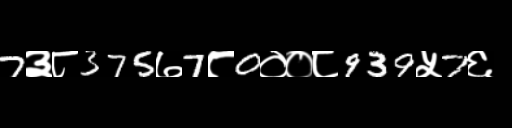
Text: 7३८375७7८0००८939५7६